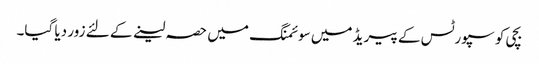
بچی کو سپورٹس کے پیریڈ میں سوئمنگ میں حصہ لینے کے لئے زور دیا گیا۔